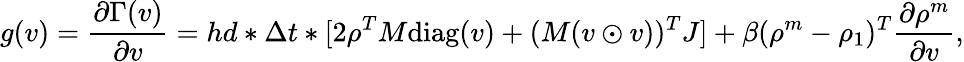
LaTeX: g(v)=\frac{\partial\Gamma(v)}{\partial v}=hd*\Delta t*[2\rho^{T}M\mathrm{diag}(v)+(M(v\odot v))^{T}J]+\beta(\rho^{m}-\rho_{1})^{T}\frac{\partial\rho^{m}}{\partial v},